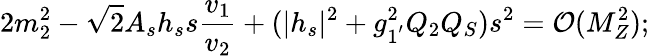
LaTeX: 2m_{2}^{2}-\sqrt{2}A_{s}h_{s}s\frac{v_{1}}{v_{2}}+(|h_{s}|^{2}+g_{1^{'}}^{2}Q_{2}Q_{S})s^{2}={\cal O}(M_{Z}^{2});